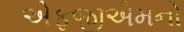
એફજીએમનો